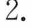
2.